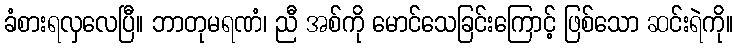
ခံစားရလှလေပြီ။ ဘာတုမရဏံ၊ ညီ အစ်ကို မောင်သေခြင်းကြောင့် ဖြစ်သော ဆင်းရဲကို။